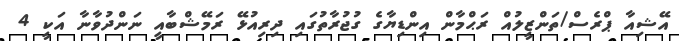
އޭޝިއާ ޕްރެސް/ތަންޒީލުއް ރަޙްމާން އިންޑިޔާގެ ގުޖުރާތުގައި ދިރިއުޅޭ ރަމޭޝްބާއީ ނަންދުވާނާ އަކީ 4